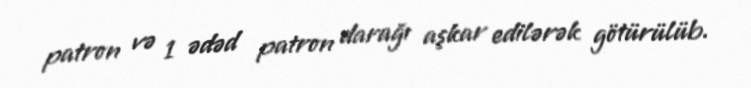
patron və 1 ədəd patron darağı aşkar edilərək götürülüb.